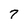
Character: 7